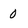
Character: 0